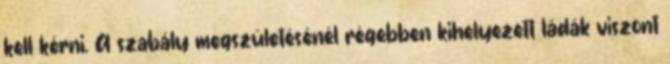
kell kérni. A szabály megszületésénél régebben kihelyezett ládák viszont